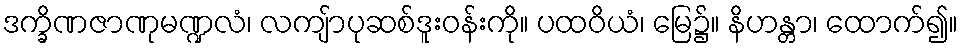
ဒက္ခိဏဇာဏုမဏ္ဍလံ၊ လကျ်ာပုဆစ်ဒူးဝန်းကို။ ပထဝိယံ၊ မြေ၌။ နိဟန္တာ၊ ထောက်၍။